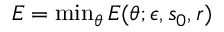
\begin{array} { r } { E = \operatorname* { m i n } _ { \theta } E ( \theta ; \epsilon , s _ { 0 } , r ) } \end{array}